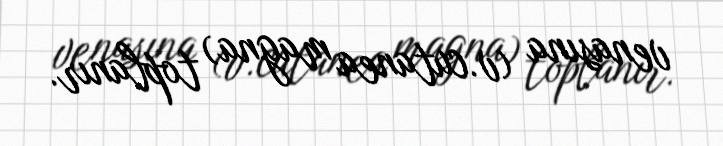
venasına (v.cutanea magna) toplanır.